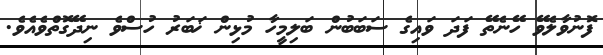
ފޮނުވާލެވޭ ހޭނެތޭ ފަދަ ވައިގެ ސަބަބުން ބަލިމީހާ މުޅިން ޚަބަރު ހުސްވެ ނިދޭގޮތްވެއެވެ.